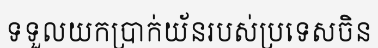
ទទួលយកប្រាក់យ័នរបស់ប្រទេសចិន